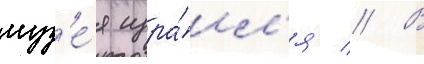
муз'е́я изра́ил'я // В